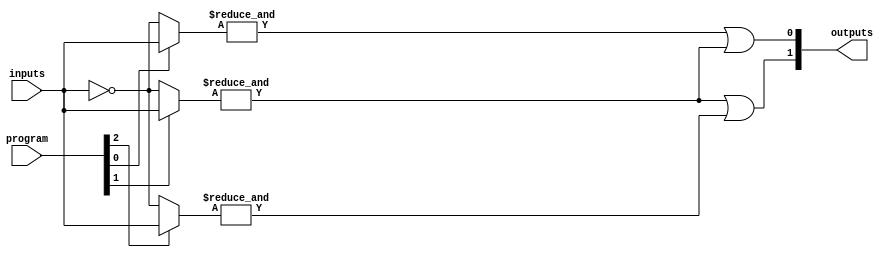
module standard_pal #(
    parameter N = 4, // Number of inputs
    parameter M = 2, // Number of outputs
    parameter P = 3  // Number of programmable AND gates (product terms)
)(
    input wire [N-1:0] inputs,            // Input signals
    input wire [P-1:0] program,            // Programming signals for AND gate connections
    output wire [M-1:0] outputs            // Output signals
);

// Programmable AND Gates
wire [P-1:0] and_out;                    // Output from AND gates

genvar i;
generate
    for (i = 0; i < P; i = i + 1) begin : and_gates
        wire [N-1:0] and_input;           // Connect inputs to AND gates
        assign and_input = (program[i] == 1) ? inputs : ~inputs; // Example programming logic
        assign and_out[i] = &and_input;    // AND gate operation
    end
endgenerate

// Fixed OR Gates
assign outputs[0] = and_out[0] | and_out[1]; // Example OR logic
assign outputs[1] = and_out[1] | and_out[2]; // More OR logic

endmodule